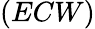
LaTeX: (ECW)